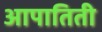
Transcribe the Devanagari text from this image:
आपातिती